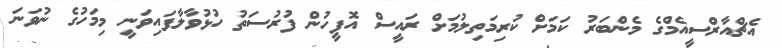
އެޗްއާރްސީއެމްގެ މެންބަރު ކަމަށް ކުރިމަތިލުމަށް ރައީސް އޮފީހުން ފުރުސަތު ހުޅުވާލާފައިވަނީ މިމަހުގެ ނުވަނަ